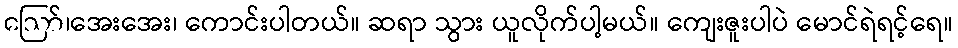
ဪ၊အေးအေး၊ ကောင်းပါတယ်။ ဆရာ သွား ယူလိုက်ပါ့မယ်။ ကျေးဇူးပါပဲ မောင်ရဲရင့်ရေ။